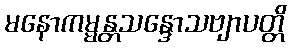
မနောကမ္မန္တသန္ဒောသဗျာပတ္တိ